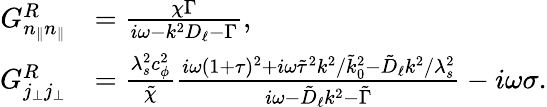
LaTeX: \begin{array}{rl}{G_{n_{\| }n_{\| }}^{R}}&{=\frac{\chi\Gamma}{i\omega-k^{2}D_{\ell}-\Gamma},}\\ {G_{j_{\perp}j_{\perp}}^{R}}&{=\frac{\lambda_{s}^{2}c_{\phi}^{2}}{\tilde{\chi}}\frac{i\omega(1+\tau)^{2}+i\omega\tilde{\tau}^{2}k^{2}/\tilde{k}_{0}^{2}-\tilde{D}_{\ell}k^{2}/\lambda_{s}^{2}}{i\omega-\tilde{D}_{\ell}k^{2}-\tilde{\Gamma}}-i\omega\sigma.}\end{array}